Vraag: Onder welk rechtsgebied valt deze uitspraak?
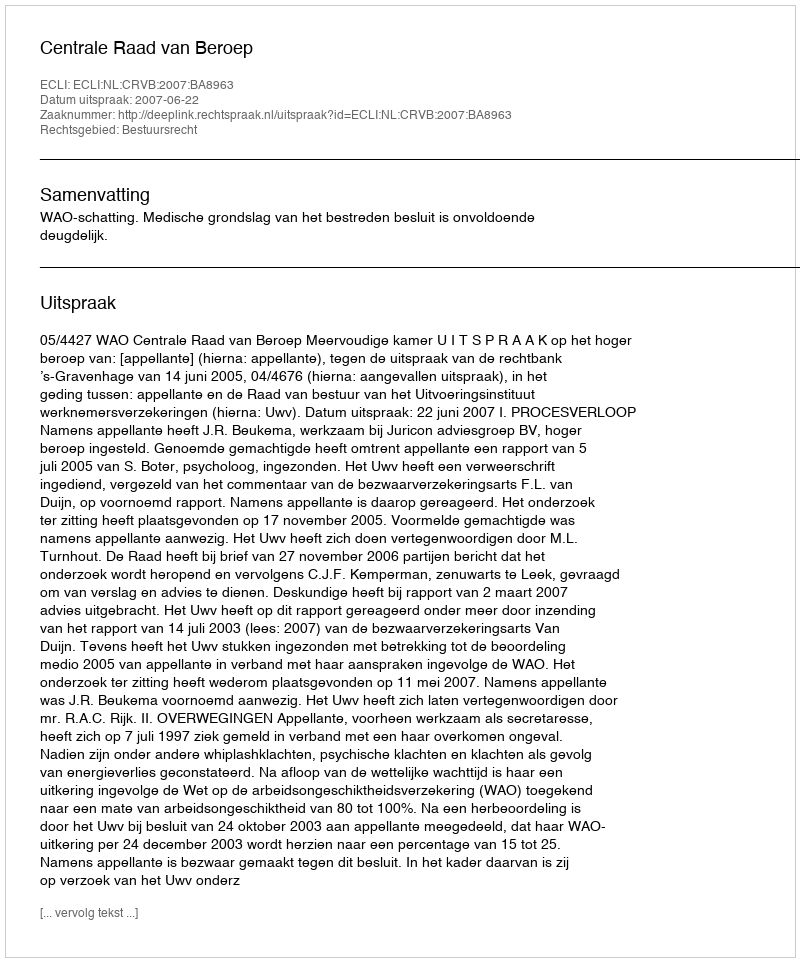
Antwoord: Bestuursrecht